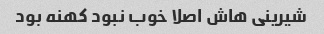
شیرینی هاش اصلا خوب نبود کهنه بود